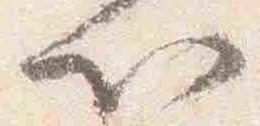
以